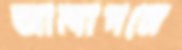
আলাপনে